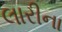
લારીના